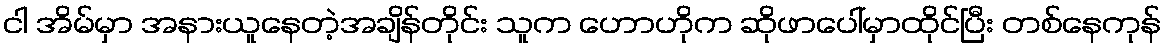
ငါ အိမ်မှာ အနားယူနေတဲ့အချိန်တိုင်း သူက ဟောဟိုက ဆိုဖာပေါ်မှာထိုင်ပြီး တစ်နေကုန်